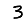
Digit: 3